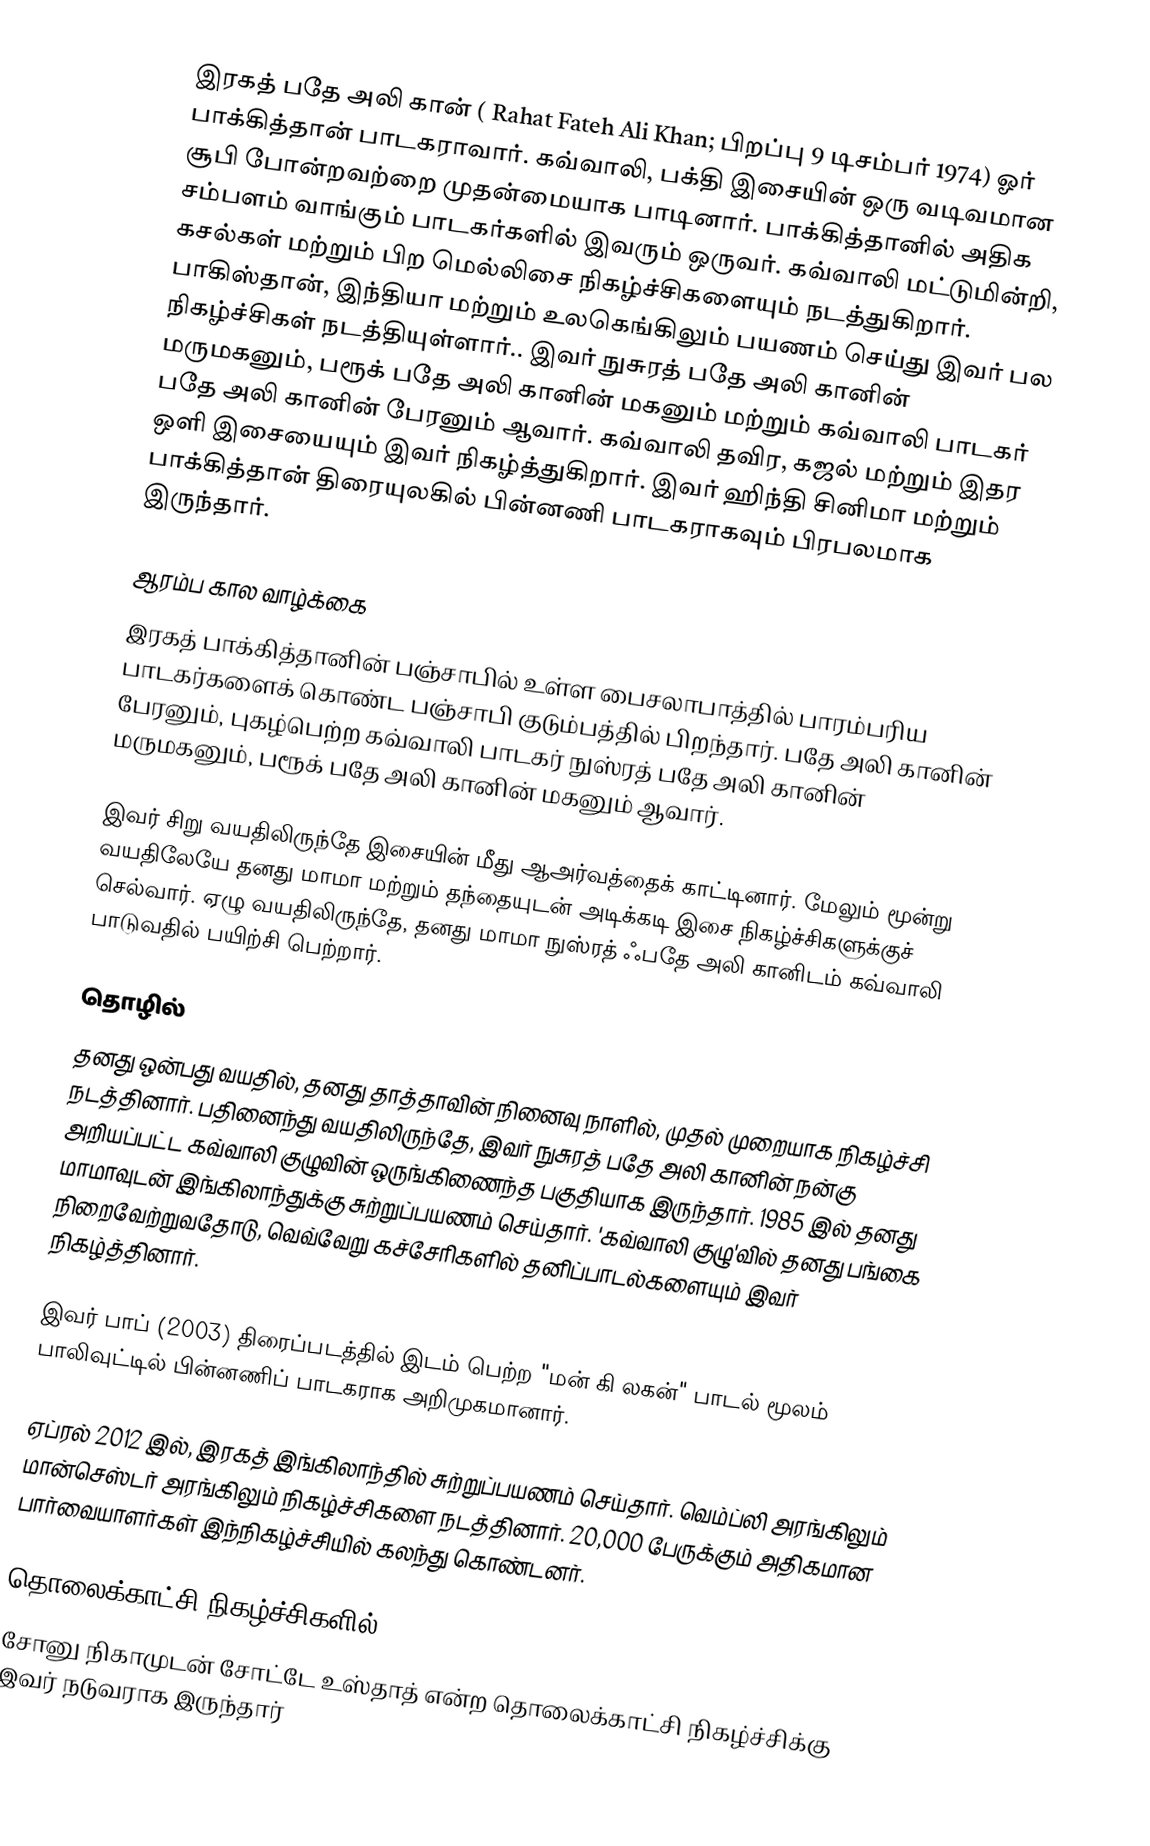
இரகத் பதே அலி கான் ( Rahat Fateh Ali Khan; பிறப்பு 9 டிசம்பர் 1974) ஓர் பாக்கித்தான் பாடகராவார். கவ்வாலி, பக்தி இசையின் ஒரு வடிவமான சூபி போன்றவற்றை முதன்மையாக பாடினார். பாக்கித்தானில் அதிக சம்பளம் வாங்கும் பாடகர்களில் இவரும் ஒருவர். கவ்வாலி மட்டுமின்றி, கசல்கள் மற்றும் பிற மெல்லிசை நிகழ்ச்சிகளையும் நடத்துகிறார். பாகிஸ்தான், இந்தியா மற்றும் உலகெங்கிலும் பயணம் செய்து இவர் பல நிகழ்ச்சிகள் நடத்தியுள்ளார்.. இவர் நுசுரத் பதே அலி கானின் மருமகனும், பரூக் பதே அலி கானின் மகனும் மற்றும் கவ்வாலி பாடகர் பதே அலி கானின் பேரனும் ஆவார். கவ்வாலி தவிர, கஜல் மற்றும் இதர ஒளி இசையையும் இவர் நிகழ்த்துகிறார். இவர் ஹிந்தி சினிமா மற்றும் பாக்கித்தான் திரையுலகில் பின்னணி பாடகராகவும் பிரபலமாக இருந்தார்.

ஆரம்ப கால வாழ்க்கை
இரகத் பாக்கித்தானின் பஞ்சாபில் உள்ள பைசலாபாத்தில் பாரம்பரிய பாடகர்களைக் கொண்ட பஞ்சாபி குடும்பத்தில் பிறந்தார். பதே அலி கானின் பேரனும், புகழ்பெற்ற கவ்வாலி பாடகர் நுஸ்ரத் பதே அலி கானின் மருமகனும், பரூக் பதே அலி கானின் மகனும் ஆவார்.

இவர் சிறு வயதிலிருந்தே இசையின் மீது ஆஅர்வத்தைக் காட்டினார். மேலும் மூன்று வயதிலேயே தனது மாமா மற்றும் தந்தையுடன் அடிக்கடி இசை நிகழ்ச்சிகளுக்குச் செல்வார். ஏழு வயதிலிருந்தே, தனது மாமா நுஸ்ரத் ஃபதே அலி கானிடம் கவ்வாலி பாடுவதில் பயிற்சி பெற்றார்.

தொழில்
தனது ஒன்பது வயதில், தனது தாத்தாவின் நினைவு நாளில், முதல் முறையாக நிகழ்ச்சி நடத்தினார். பதினைந்து வயதிலிருந்தே, இவர் நுசுரத் பதே அலி கானின் நன்கு அறியப்பட்ட கவ்வாலி குழுவின் ஒருங்கிணைந்த பகுதியாக இருந்தார். 1985 இல் தனது மாமாவுடன் இங்கிலாந்துக்கு சுற்றுப்பயணம் செய்தார். 'கவ்வாலி குழு'வில் தனது பங்கை நிறைவேற்றுவதோடு, வெவ்வேறு கச்சேரிகளில் தனிப்பாடல்களையும் இவர் நிகழ்த்தினார்.

இவர் பாப் (2003) திரைப்படத்தில் இடம் பெற்ற "மன் கி லகன்" பாடல் மூலம் பாலிவுட்டில் பின்னணிப் பாடகராக அறிமுகமானார்.

ஏப்ரல் 2012 இல், இரகத் இங்கிலாந்தில் சுற்றுப்பயணம் செய்தார். வெம்ப்லி அரங்கிலும் மான்செஸ்டர் அரங்கிலும் நிகழ்ச்சிகளை நடத்தினார். 20,000 பேருக்கும் அதிகமான பார்வையாளர்கள் இந்நிகழ்ச்சியில் கலந்து கொண்டனர்.

தொலைக்காட்சி நிகழ்ச்சிகளில்
சோனு நிகாமுடன் சோட்டே உஸ்தாத் என்ற தொலைக்காட்சி நிகழ்ச்சிக்கு இவர் நடுவராக இருந்தார்